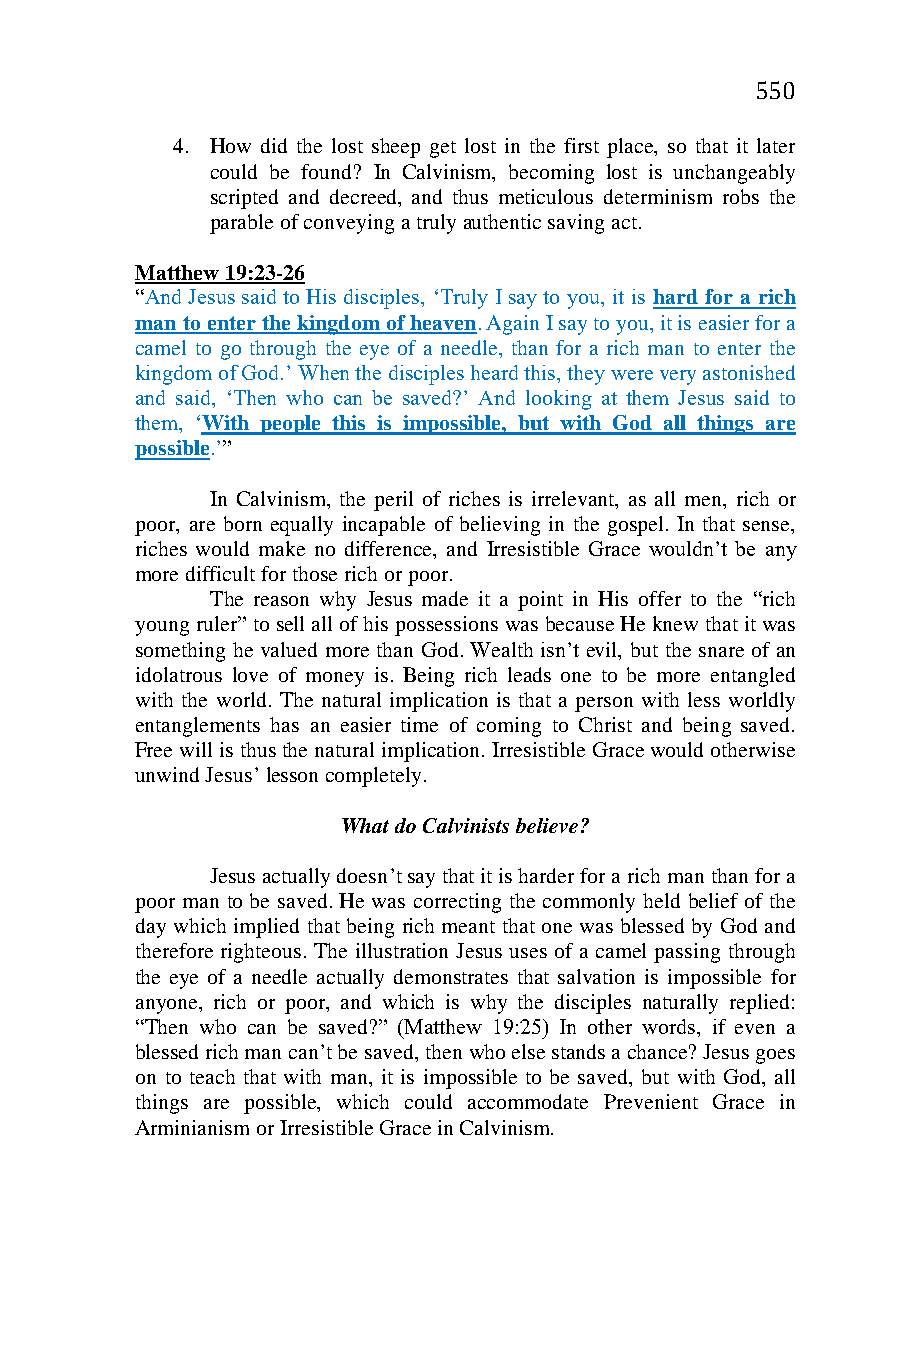
550
 4. How did the lost sheep get lost in the first place, so that it later
 could be found? In Calvinism, becoming lost is unchangeably
 scripted and decreed, and thus meticulous determinism robs the
 parable of conveying a truly authentic saving act.
 Matthew 19:23-26
 “And Jesus said to His disciples, ‘Truly I say to you, it is hard for a rich
 man to enter the kingdom of heaven. Again I say to you, it is easier for a
 camel to go through the eye of a needle, than for a rich man to enter the
 kingdom of God.’ When the disciples heard this, they were very astonished
 and said, ‘Then who can be saved?’ And looking at them Jesus said to
 them, ‘With people this is impossible, but with God all things are
 possible.’”
 In Calvinism, the peril of riches is irrelevant, as all men, rich or
 poor, are born equally incapable of believing in the gospel. In that sense,
 riches would make no difference, and Irresistible Grace wouldn’t be any
 more difficult for those rich or poor.
 The reason why Jesus made it a point in His offer to the “rich
 young ruler” to sell all of his possessions was because He knew that it was
 something he valued more than God. Wealth isn’t evil, but the snare of an
 idolatrous love of money is. Being rich leads one to be more entangled
 with the world. The natural implication is that a person with less worldly
 entanglements has an easier time of coming to Christ and being saved.
 Free will is thus the natural implication. Irresistible Grace would otherwise
 unwind Jesus’ lesson completely.
 What do Calvinists believe?
 Jesus actually doesn’t say that it is harder for a rich man than for a
 poor man to be saved. He was correcting the commonly held belief of the
 day which implied that being rich meant that one was blessed by God and
 therefore righteous. The illustration Jesus uses of a camel passing through
 the eye of a needle actually demonstrates that salvation is impossible for
 anyone, rich or poor, and which is why the disciples naturally replied:
 “Then who can be saved?” (Matthew 19:25) In other words, if even a
 blessed rich man can’t be saved, then who else stands a chance? Jesus goes
 on to teach that with man, it is impossible to be saved, but with God, all
 things are possible, which could accommodate Prevenient Grace in
 Arminianism or Irresistible Grace in Calvinism.